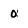
Character: 0